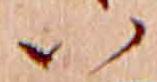
い